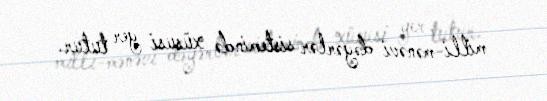
milli-mənəvi dəyərlər sistemində xüsusi yer tutur.